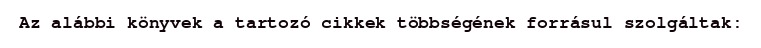
Az alábbi könyvek a tartozó cikkek többségének forrásul szolgáltak: